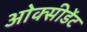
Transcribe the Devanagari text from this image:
ओक्सीडेंट